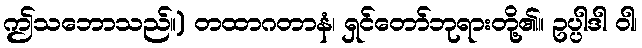
ဤသဘောသည်။) တထာဂတာနံ၊ ရှင်တော်ဘုရားတို့၏။ ဥပ္ပါဒါ ဝါ၊